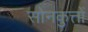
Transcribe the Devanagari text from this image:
सोनकुत्तों